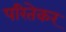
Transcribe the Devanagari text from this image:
परितेकर